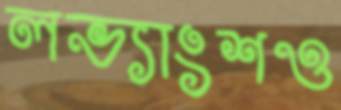
লভ্যাংশও